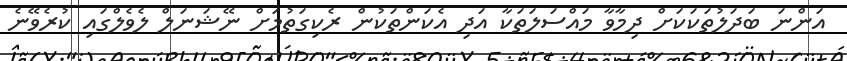
އަންނަ ބަދަލުތަކަކަށް ދިމާވާ މައްސަލަތަކާ އަދި އެކަންތަކުން ރެކިގަތުމަށް ނޭޝަނަލް ލެވެލްގައި ކުރެވޭނެ